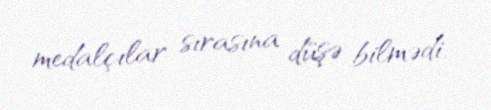
medalçılar sırasına düşə bilmədi.